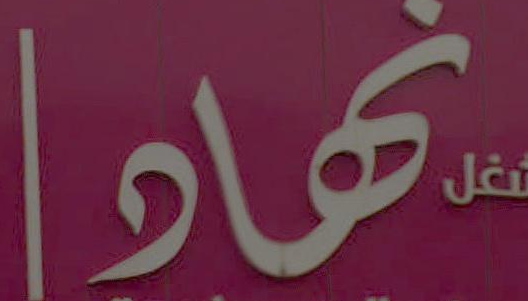
نچھاوا